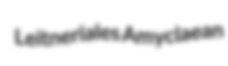
Leitneriales Amyclaean